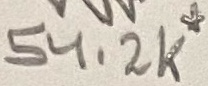
Text: 54.2K*